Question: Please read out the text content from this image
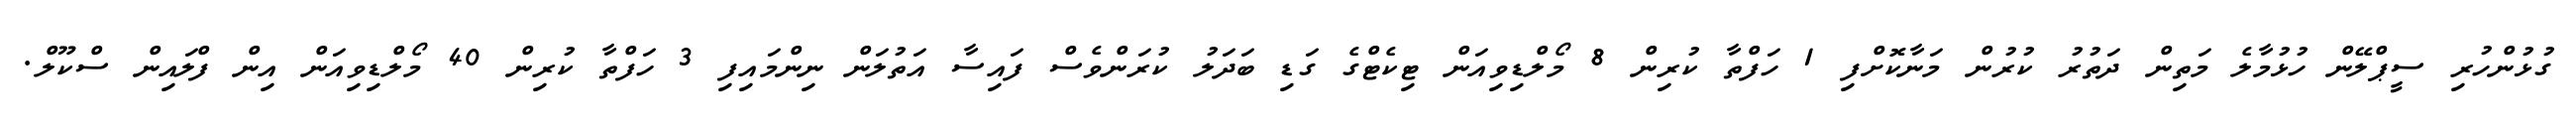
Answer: ގުޅުންހުރި ސީޕްލޭން ހުޅުމާލެ މަތިން ދަތުރު ކުރުން މަނާކޮށްފި 1 ހަފްތާ ކުރިން 8 މޯލްޑިވިއަން ޓިކެޓްގެ ގަޑި ބަދަލު ކުރަންވެސް ފައިސާ އަތުލަން ނިންމައިފި 3 ހަފްތާ ކުރިން 40 މޯލްޑިވިއަން އިން ފްލައިން ސްކޫލް.